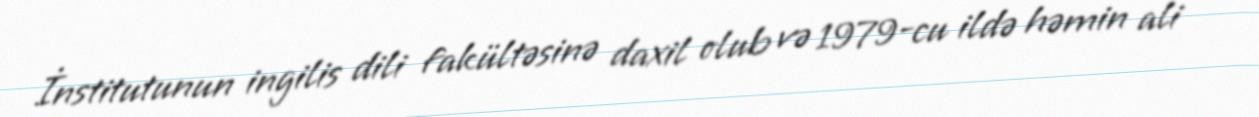
İnstitutunun ingilis dili fakültəsinə daxil olub və 1979-cu ildə həmin ali